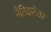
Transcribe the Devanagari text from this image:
नैतिकतेवर